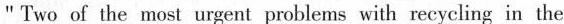
"Two of the most urgent problems with recycling in the